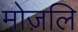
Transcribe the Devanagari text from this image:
मोज़लि